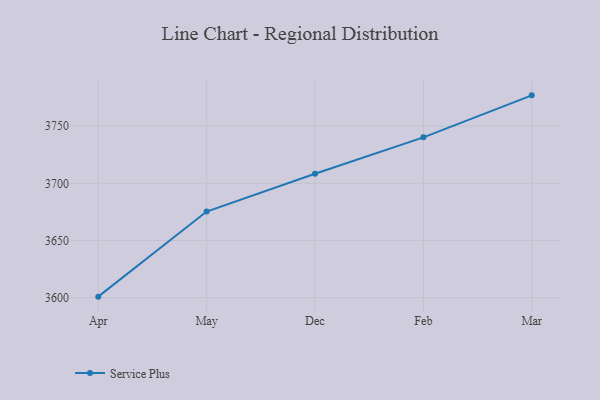
{"axis": {"x": "Month", "y": "Backlog"}, "legend": ["Service Plus"], "data": [{"x": "Apr", "y": 3600.9, "type": "Service Plus"}, {"x": "May", "y": 3675.3, "type": "Service Plus"}, {"x": "Dec", "y": 3708.3, "type": "Service Plus"}, {"x": "Feb", "y": 3740.2, "type": "Service Plus"}, {"x": "Mar", "y": 3776.9, "type": "Service Plus"}]}